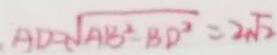
A D = \sqrt { A B ^ { 2 } - B D ^ { 2 } } = 2 \sqrt { 2 }